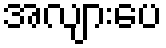
အလျားပေ